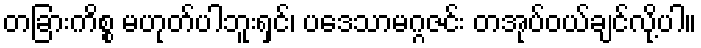
တခြားကိစ္စ မဟုတ်ပါဘူးရှင်၊ ပဒေသာမဂ္ဂဇင်း တအုပ်ဝယ်ချင်လို့ပါ။